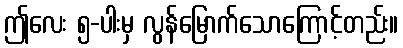
ဤလေး ၅-ပါးမှ လွန်မြောက်သောကြောင့်တည်း။